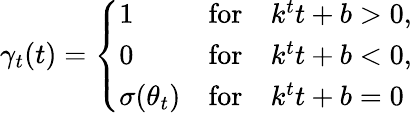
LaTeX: \gamma_{t}(t)=\left\{ \begin{array}{ll}{1}&{\mathrm{for}\quad k^{t}t+b>0,}\\ {0}&{\mathrm{for}\quad k^{t}t+b<0,}\\ {\sigma(\theta_{t})}&{\mathrm{for}\quad k^{t}t+b=0}\end{array}\right.